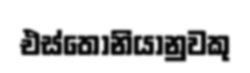
එස්තෝනියානුවකු